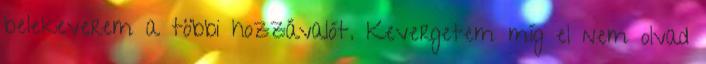
belekeverem a többi hozzávalót. Kevergetem míg el nem olvad